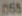
055